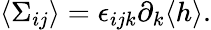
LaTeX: \langle\Sigma_{ij}\rangle=\epsilon_{ijk}\partial_{k}\langle h\rangle.